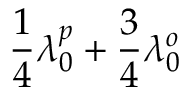
\frac { 1 } { 4 } \lambda _ { 0 } ^ { p } + \frac { 3 } { 4 } \lambda _ { 0 } ^ { o }